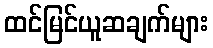
ထင်မြင်ယူဆချက်များ